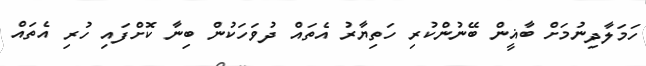
ހަމަލާދިނުމަށް ބާޣީން ބޭނުންކުރި ހަތިޔާރު އެތައް ދުވަހަކުން ބިނާ ކޮށްފައި ހުރި އެތައް